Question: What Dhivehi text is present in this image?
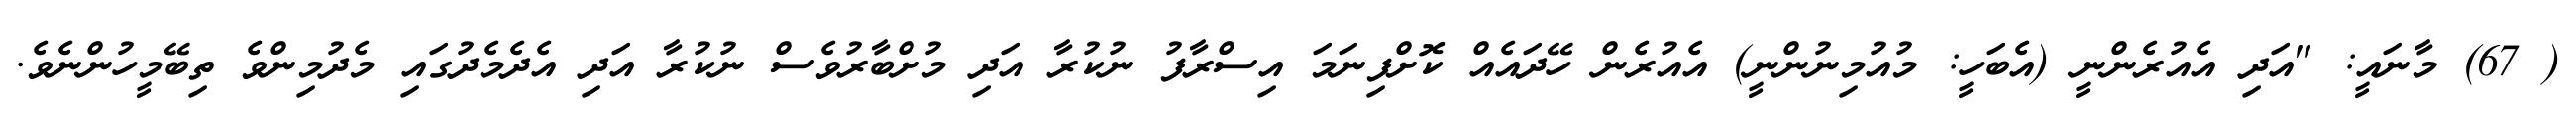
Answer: ( 67) މާނައީ: "އަދި އެއުރެންނީ (އެބަހީ: މުއުމިނުންނީ) އެއުރެން ހޭދައެއް ކޮށްފިނަމަ އިސްރާފު ނުކުރާ އަދި މުށްބާރުވެސް ނުކުރާ އަދި އެދެމެދުގައި މެދުމިންވެ ތިބޭމީހުންނެވެ.